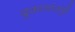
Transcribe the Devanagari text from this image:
दुकानांतही